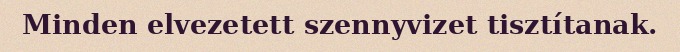
Minden elvezetett szennyvizet tisztítanak.